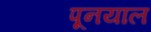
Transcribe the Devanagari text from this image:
पूनयाल